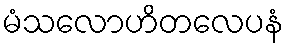
မံသလောဟိတလေပနံ